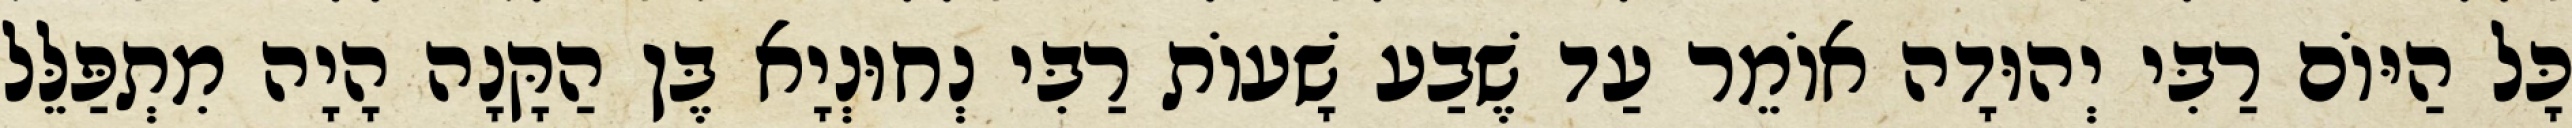
כָּל הַיּוֹם רַבִּי יְהוּדָה אוֹמֵר עַד שֶׁבַע שָׁעוֹת רַבִּי נְחוּנְיָא בֶּן הַקָּנָה הָיָה מִתְפַּלֵּל